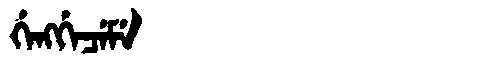
Manchu: ᡤᡝᠩᡤᡝᠴᡝᠮᡝ
Romanization: GENGGECEME